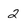
Character: 2